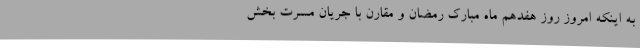
به اینکه امروز روز هفدهم ماه مبارک رمضان و مقارن با جریان مسرت بخش